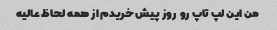
من این لپ تاپ رو  روز پیش خریدم از همه لحاظ عالیه